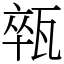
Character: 𤭢